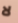
لا